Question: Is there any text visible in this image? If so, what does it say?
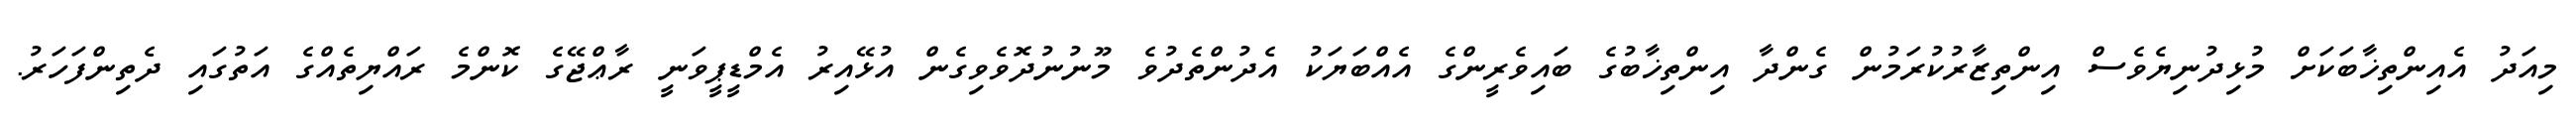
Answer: މިއަދު އެއިންތިޚާބަކަށް މުޅިދުނިޔެވެސް އިންތިޒާރުކުރަމުން ގެންދާ އިންތިޚާބުގެ ބައިވެރީންގެ އެއްބަޔަކު އެދުންތެދުވެ މޫނުނުދޮވެވިގެން އުޅޭއިރު އެމްޑީޕީވަނީ ރާޢްޖޭގެ ކޮންމެ ރައްޔިތެއްގެ އަތުގައި ދެތިންފަހަރު.